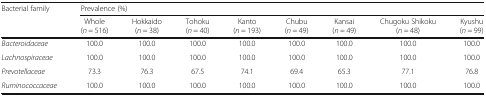
| <ROWSPAN=2> Bacterial family | <COLSPAN=8> Prevalence (%) |
 | Whole(n = 516) | Hokkaido(n = 38) | Tohoku(n = 40) | Kanto(n = 193) | Chubu(n = 49) | Kansai(n = 49) | Chugoku Shikoku(n = 48) | Kyushu(n = 99) |
 | --- | --- | --- | --- | --- | --- | --- | --- | --- |
 | Bacteroidaceae | 100.0 | 100.0 | 100.0 | 100.0 | 100.0 | 100.0 | 100.0 | 100.0 |
 | Lachnospiraceae | 100.0 | 100.0 | 100.0 | 100.0 | 100.0 | 100.0 | 100.0 | 100.0 |
 | Prevotellaceae | 73.3 | 76.3 | 67.5 | 74.1 | 69.4 | 65.3 | 77.1 | 76.8 |
 | Ruminococcaceae | 100.0 | 100.0 | 100.0 | 100.0 | 100.0 | 100.0 | 100.0 | 100.0 |